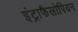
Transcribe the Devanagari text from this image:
इंट्राफैलोपियन